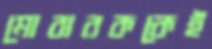
মোবারককেই